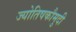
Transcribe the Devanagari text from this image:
ज्योतिषकौमुदी